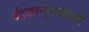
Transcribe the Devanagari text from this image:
बीजानुभवाशी